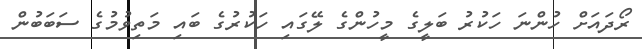
ރޯދައަށް ހުންނަ ހަކުރު ބަލީގެ މީހުންގެ ލޭގައި ހަކުރުގެ ބައި މަތިވުމުގެ ސަބަބުން